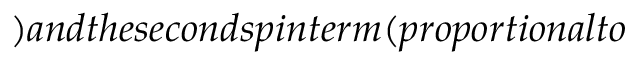
) a n d t h e s e c o n d s p i n t e r m ( p r o p o r t i o n a l t o